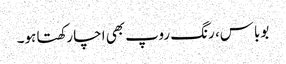
بوباس، رنگ روپ بھی اچا رکھتا ہو۔